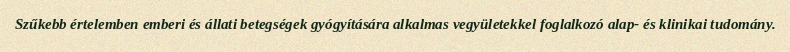
Szűkebb értelemben emberi és állati betegségek gyógyítására alkalmas vegyületekkel foglalkozó alap- és klinikai tudomány.